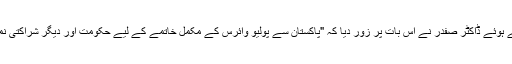
صف اول کے کارکن یعنی پاکستان کے صحت محافظ کی خدمات کو سراہتے ہوئے ڈاکٹر صفدر نے اس بات پر زور دیا کہ "پاکستان سے پولیو وائرس کے مکمل خاتمے کے لیے حکومت اور دیگر شراکتی نمائندوں بالخصوص والدین کے مابین باہمی تعاون انتہائی اہمیت کا حامل ہے"۔